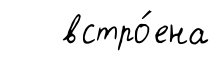
встро́ена